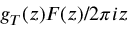
g _ { T } ( z ) F ( z ) / 2 \pi i z